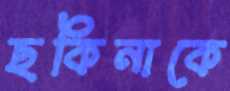
ছকিনাকে